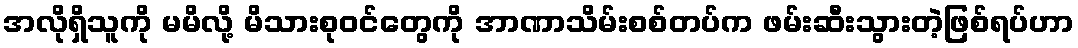
အလိုရှိသူကို မမိလို့ မိသားစုဝင်တွေကို အာဏာသိမ်းစစ်တပ်က ဖမ်းဆီးသွားတဲ့ဖြစ်ရပ်ဟာ